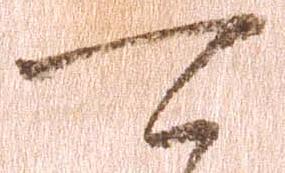
可